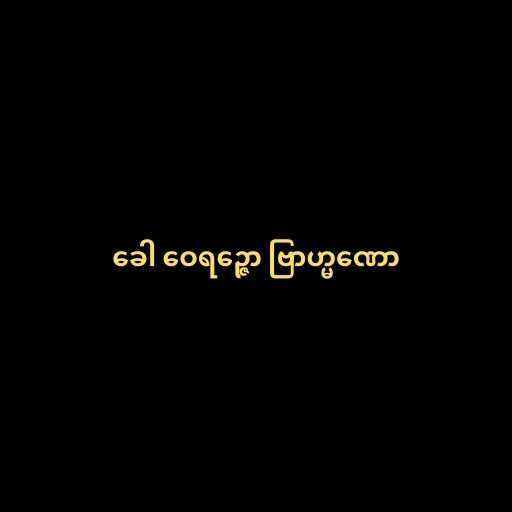
ခေါ ဝေရဉ္ဇော ဗြာဟ္မဏော